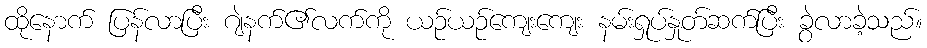
ထိုနောက် ပြန်လာပြီး ဂျဲနက်၏လက်ကို ယဉ်ယဉ်ကျေးကျေး နမ်းရှုပ်နှုတ်ဆက်ပြီး ခွဲလာခဲ့သည်။